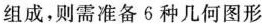
组成，则需准备6种几何图形